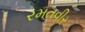
રમતવીર